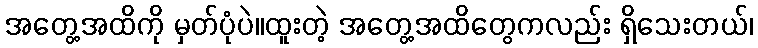
အတွေ့အထိကို မှတ်ပုံပဲ။ထူးတဲ့ အတွေ့အထိတွေကလည်း ရှိသေးတယ်၊